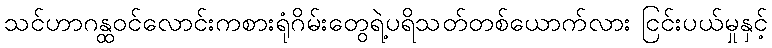
သင်ဟာဂန္ထဝင်လောင်းကစားရုံဂိမ်းတွေရဲ့ပရိသတ်တစ်ယောက်လား ငြင်းပယ်မှုနှင့်